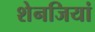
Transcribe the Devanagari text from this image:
शेनजियां